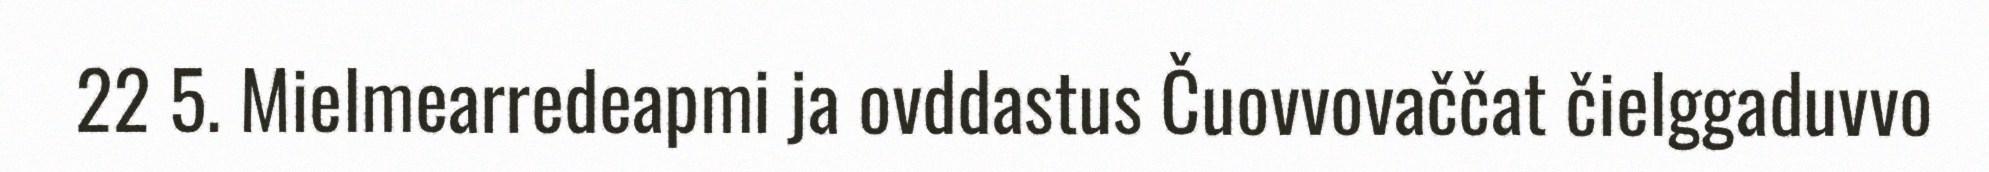
22 5. Mielmearredeapmi ja ovddastus Čuovvovaččat čielggaduvvo